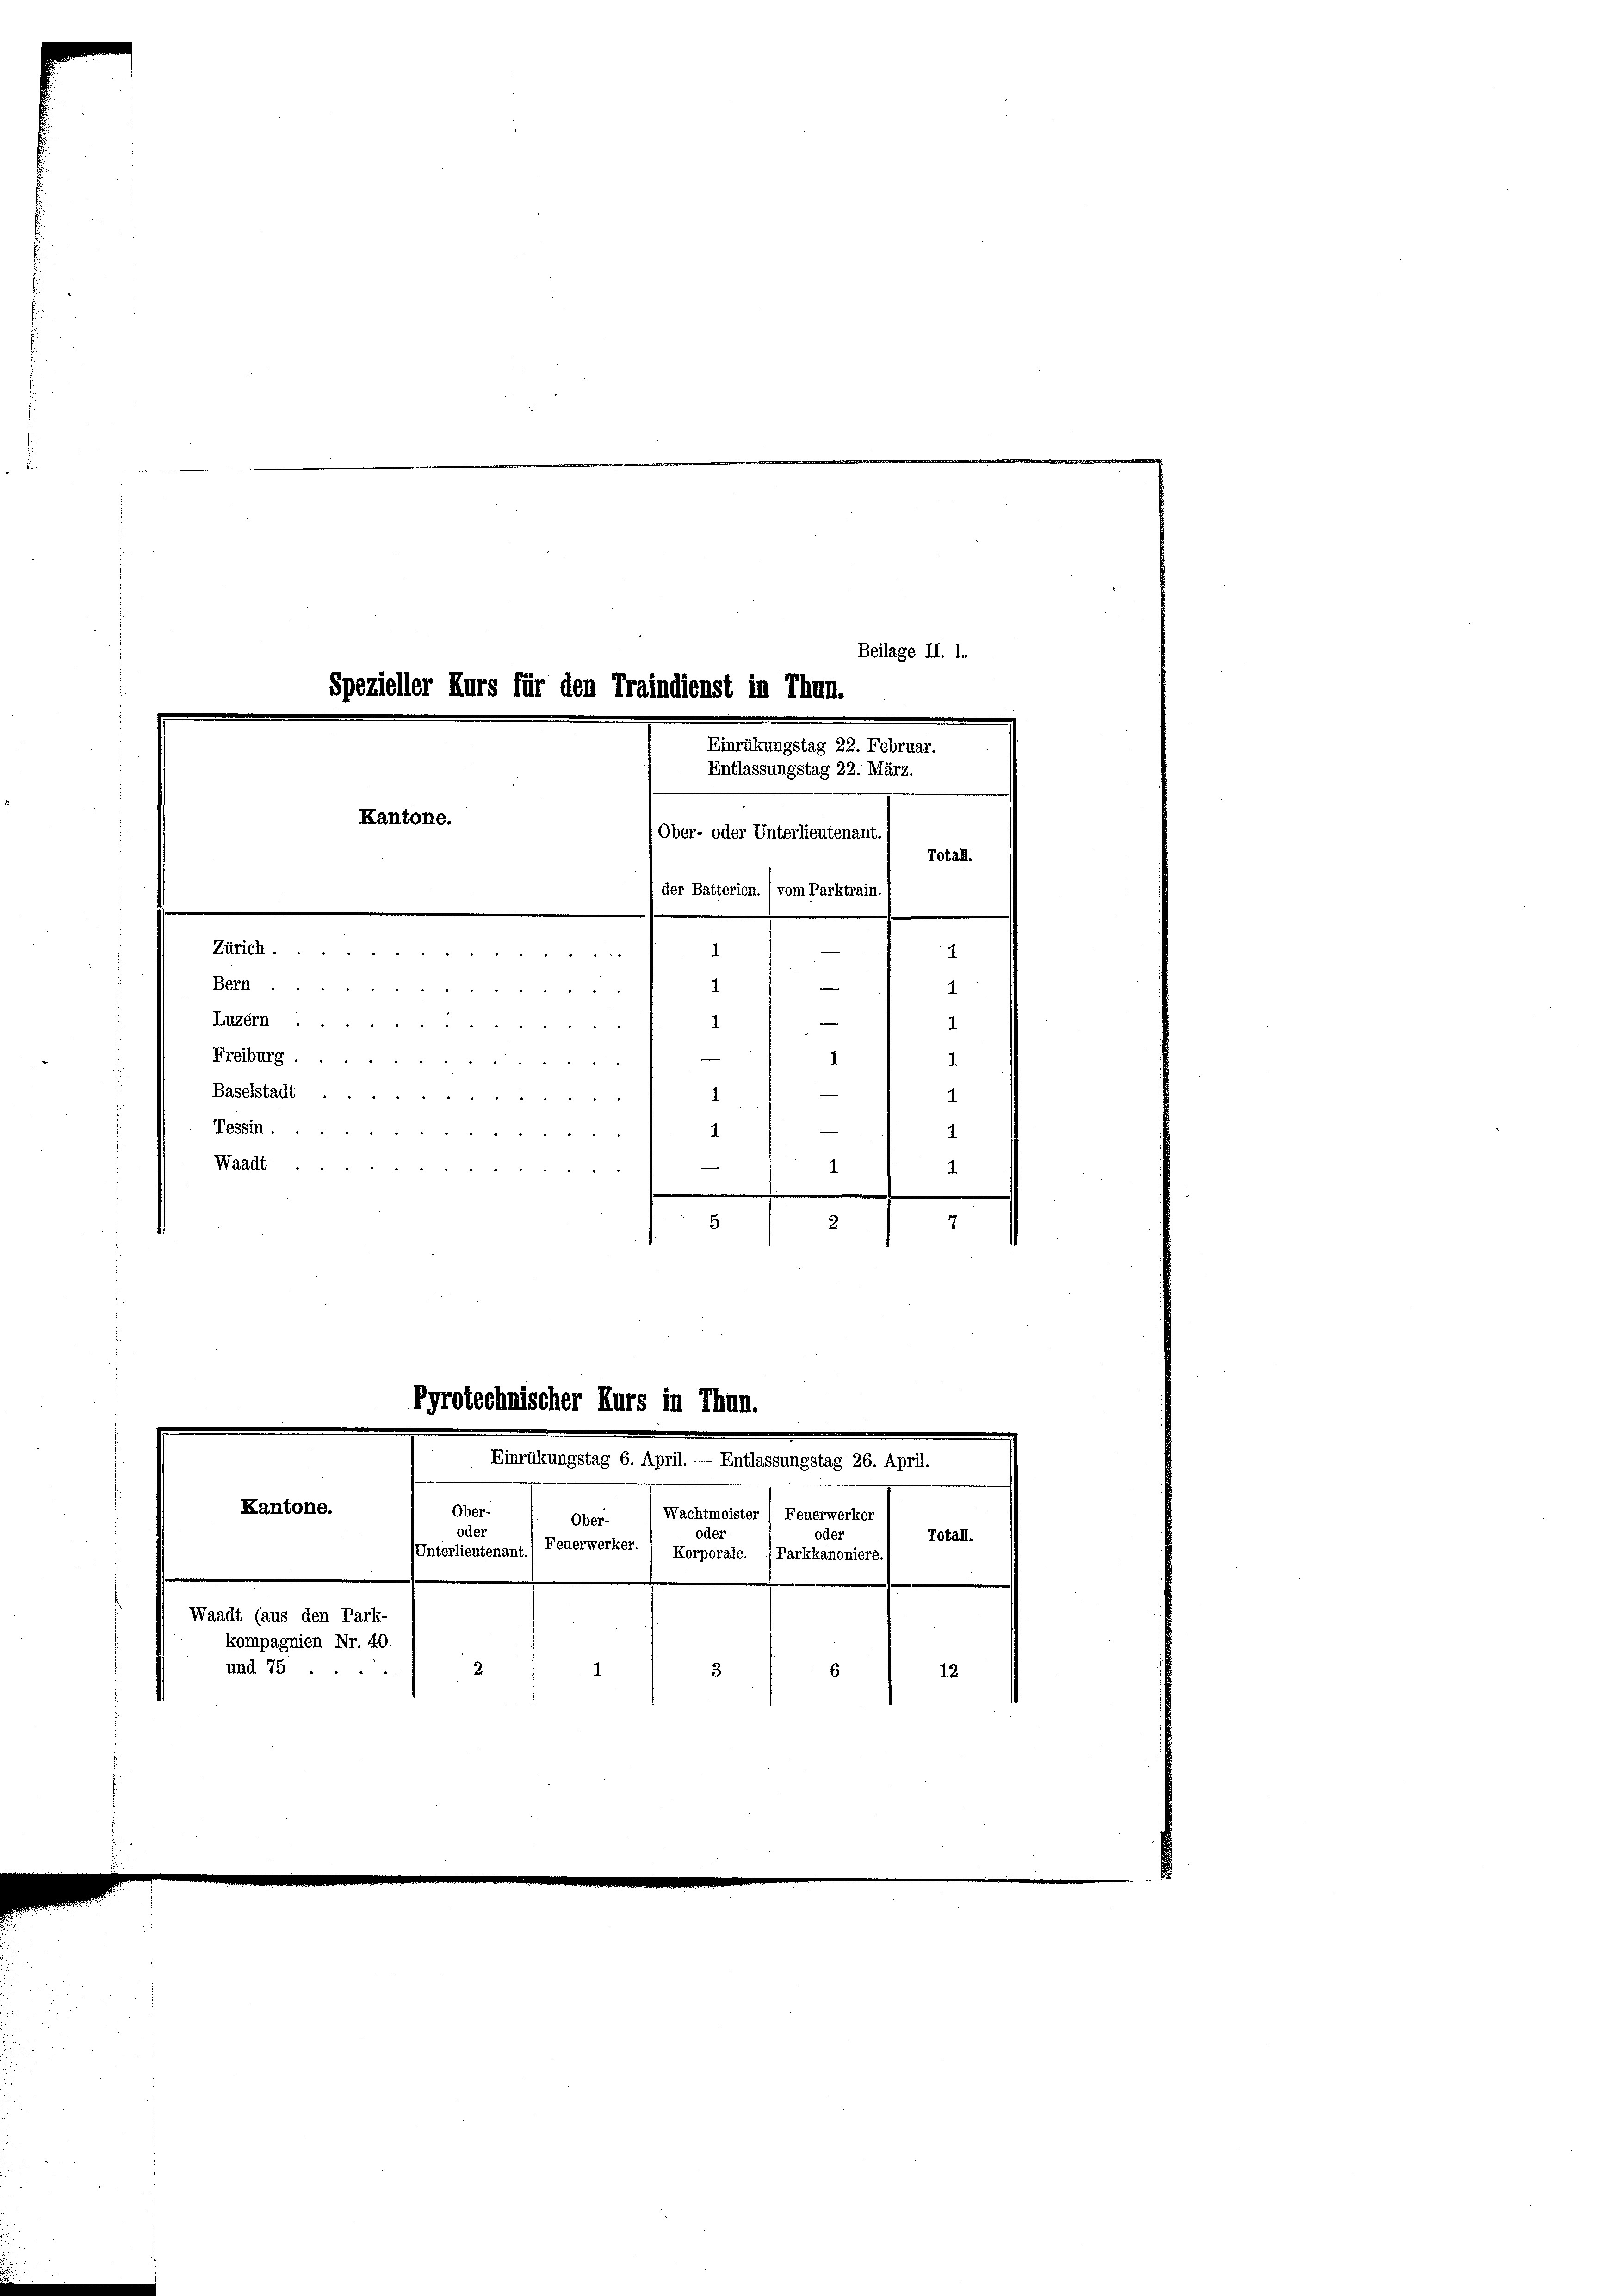
Luzern
Waadt
1
1
7
5
2

Waadt (aus den Park-
kompagnien Nr. 40
und 75.

Spezieller Kurs für den Traindienst in Thun.
Einrükungstag 22. Februar.
Entlassungstag 22. März.
Kantone.
Ober- oder Unterlieutenant.

Beilage II. 1.
Totall.
der Batterien. / vom Parktrain,
1 14
Zürich.
e
Berh.
1
I
—
1
1
8 § 4 f 0 xx
e
Freiburg
1
.
—
Baselstadt
1
1
Tessin
1
1

Pyrotechnischer Kurs in Thun.
Einrükungstag 6. April. — Entlassungstag 26. April.
Kantone.
Ober-
Wachtmeister / Feuerwerker
Ober-
0
ter
0
er

Unterlieutenant.) Feuerwerker.
Korporale. (Parkkanoniere.)
2
1
3
6

Totall.

12